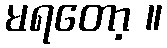
မရတော့ ။